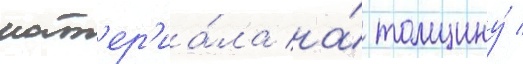
мат'ер'иа́ла на́ толщину́ /